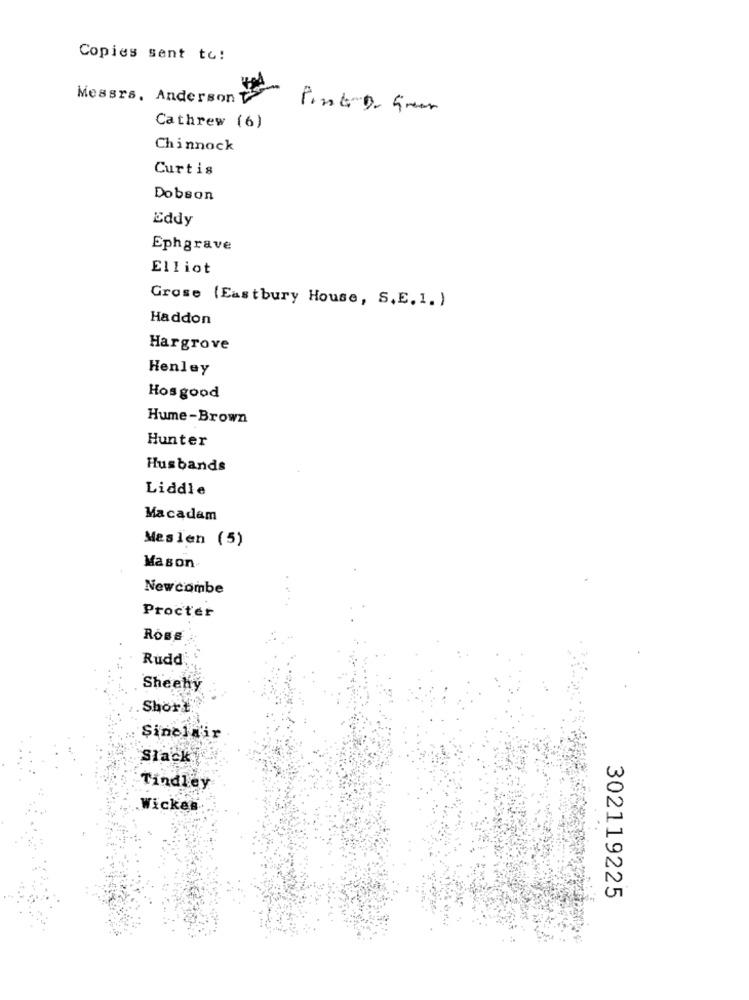
Copies sent to:
Messrs. Anderson
Pink-D- 5men
Cathrew (6)
Chinnock
Curtis
Dobson
Eddy
Ephgrave
Elliot
Grose (Eastbury House, S.E. 1. )
Haddon
Hargrove
Henley
Hosgood
Hume-Brown
Hunter
Husbands
Liddle
Macadam
Meslen (5)
Mason
Newcombe
Procter
ROBB
Rudd
Sheehy
Short.
Sinclair
Slack
Tindley
Wickes
302119225